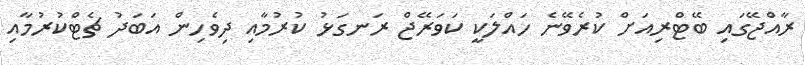
ރާއްޖޭގައި ބޭޓްރިއަށް ކުރެވޭނެ ހައްލަކީ ކަވަރޭޖް ރަނގަޅު ކުރުމާއި ދިވެހިން އަބަދު ޗެޓްކުރުމާއި